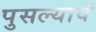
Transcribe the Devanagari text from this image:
पुसल्यावं